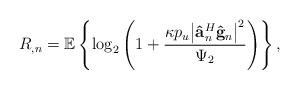
LaTeX: \begin{align*}{R_{{},n}} = \mathbb{E}\left\{ {{{\log }_2}\left( {1 + \frac{{\kappa {p_u}{{\left| {{\bf{\hat a}}_n^H{{{\bf{\hat g}}}_n}} \right|}^2}}}{{{\Psi _2}}}} \right)} \right\},\end{align*}